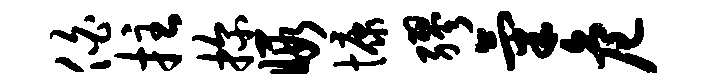
伯拄探暇慷缪气危